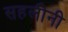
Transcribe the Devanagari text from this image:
सहलीनी